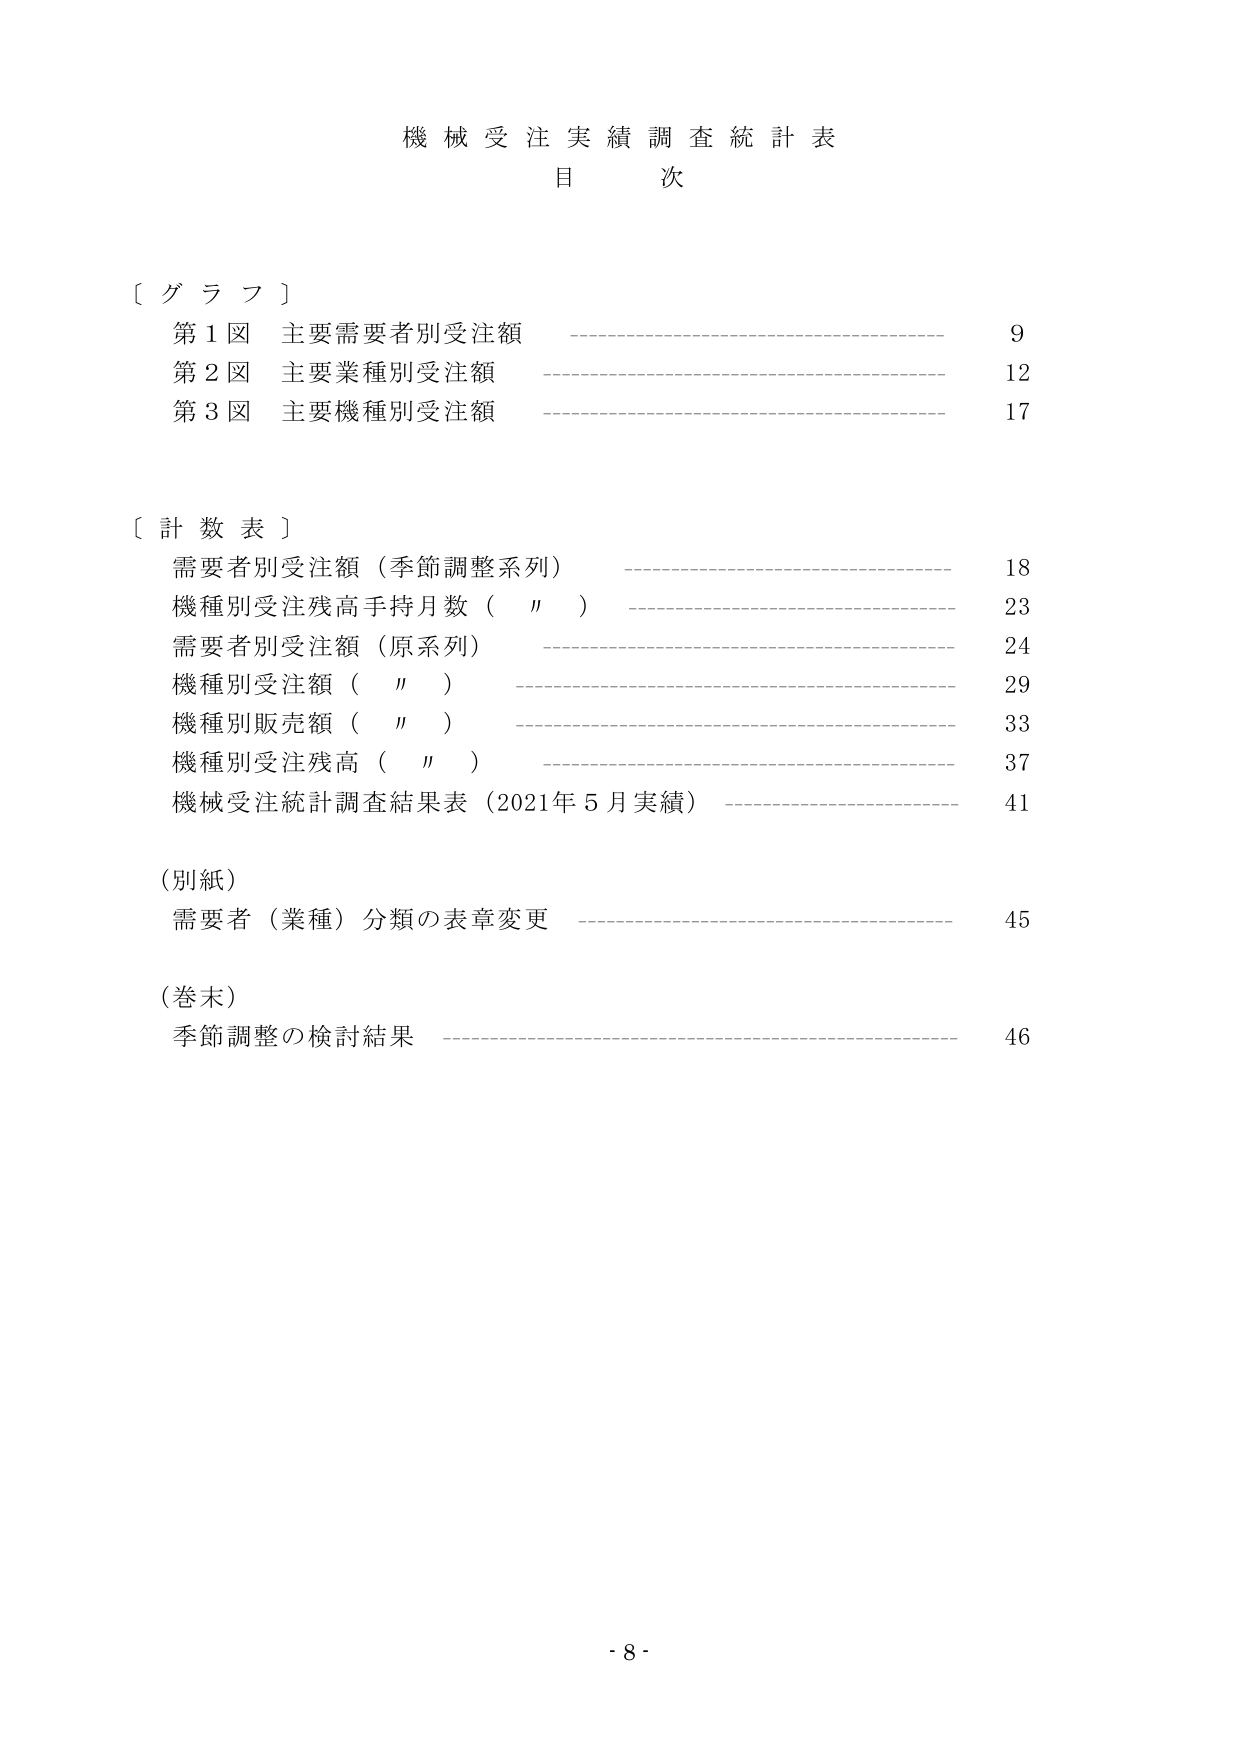
機械受注実績調査統計表
目 次

〔 グ ラ フ 〕
第1図 主要需要者別受注額 ———————————————————— 9
第2図 主要業種別受注額 ———————————————————— 12
第3図 主要機種別受注額 ———————————————————— 17

〔 計 数 表 〕
需要者別受注額（季節調整系列） ———————————————————— 18
機種別受注残高手持月数（　〃　） ———————————————————— 23
需要者別受注額（原系列） ———————————————————— 24
機種別受注額（　〃　） ———————————————————— 29
機種別販売額（　〃　） ———————————————————— 33
機種別受注残高（　〃　） ———————————————————— 37
機械受注統計調査結果表（2021年5月実績） ———————————————————— 41

（別紙）
需要者（業種）分類の表章変更 ———————————————————— 45

（巻末）
季節調整の検討結果 ———————————————————— 46

- 8 -